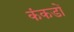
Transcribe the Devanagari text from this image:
कंकडों